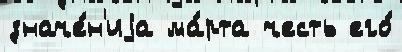
значе́н'иjа ма́рта честь его́